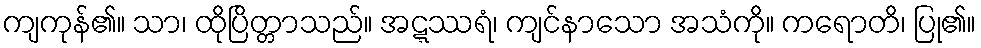
ကျကုန်၏။ သာ၊ ထိုပြိတ္တာသည်။ အဋ္ဋဿရံ၊ ကျင်နာသော အသံကို။ ကရောတိ၊ ပြု၏။